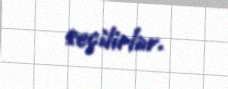
seçilirlər.